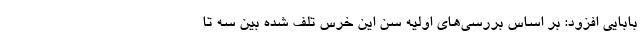
بابایی افزود: بر اساس بررسی‌های اولیه سن این خرس تلف شده بین سه تا